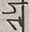
Text: 14